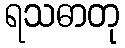
ရသဓာတု